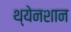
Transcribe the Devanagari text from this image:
थ्येनशान